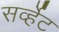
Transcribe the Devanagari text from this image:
सर्व्हेट